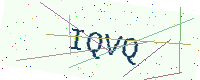
Text: IQVQ